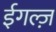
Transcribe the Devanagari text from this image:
ईगल्ज़